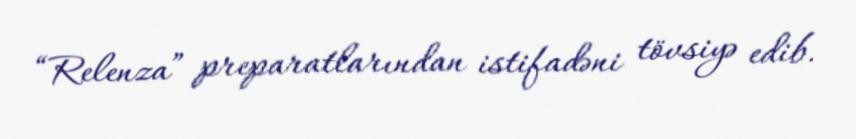
“Relenza” preparatlarından istifadəni tövsiyə edib.